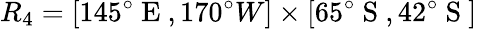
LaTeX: R_{4}=[145^{\circ}\mathrm{~E~},170^{\circ}{W}]\times[65^{\circ}\mathrm{~S~},42^{\circ}\mathrm{~S~}]